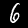
Digit: 6